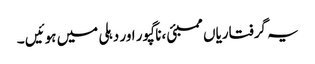
یہ گرفتاریاں ممبئی ،ناگپور اور دہلی میں ہوئیں ۔